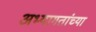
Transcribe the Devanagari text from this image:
अभ्यागतांच्या